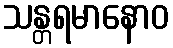
သန္တရမာနောဝ